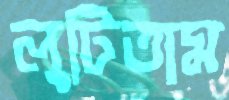
লুটিতাম